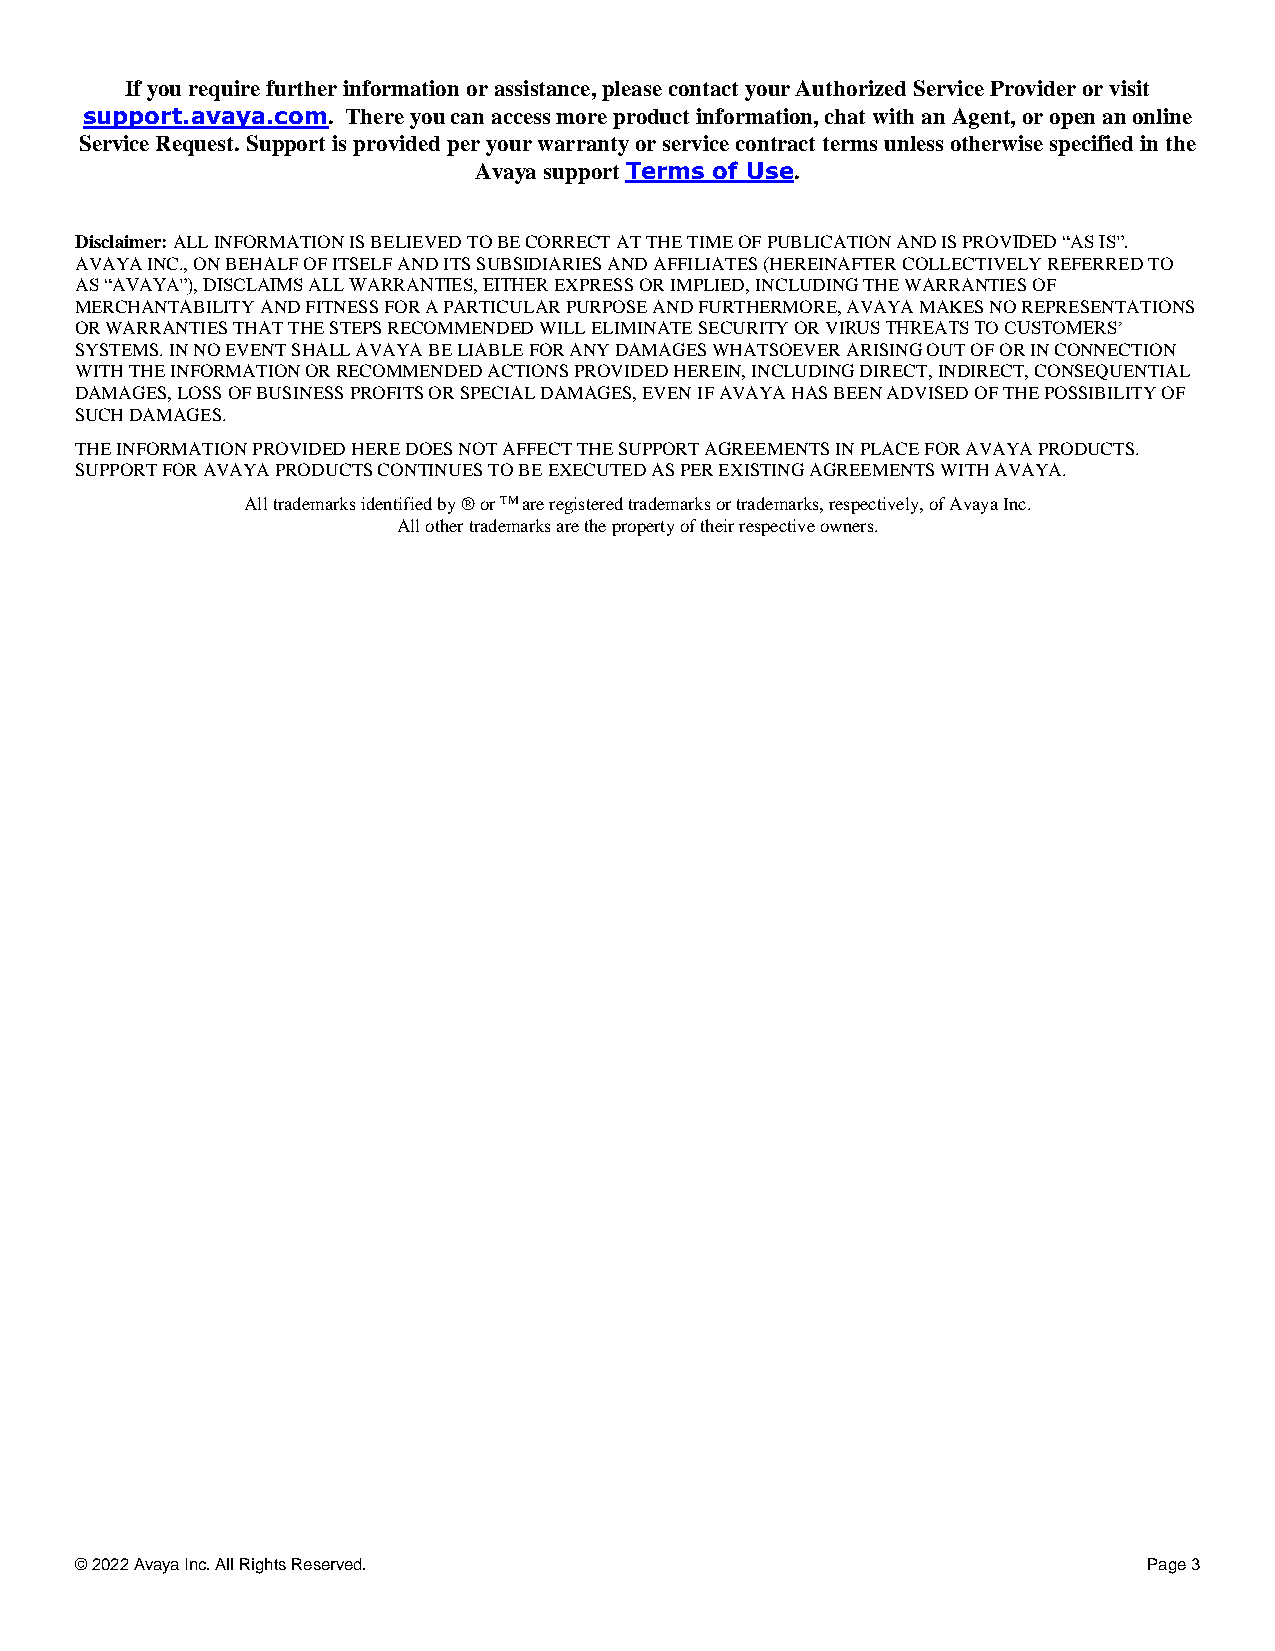
If you require further information or assistance, please contact your Authorized Service Provider or visit
 support.avaya.com. There you can access more product information, chat with an Agent, or open an online
 Service Request. Support is provided per your warranty or service contract terms unless otherwise specified in the
 Avaya support Terms of Use.
 Disclaimer: ALL INFORMATION IS BELIEVED TO BE CORRECT AT THE TIME OF PUBLICATION AND IS PROVIDED “AS IS”.
 AVAYA INC., ON BEHALF OF ITSELF AND ITS SUBSIDIARIES AND AFFILIATES (HEREINAFTER COLLECTIVELY REFERRED TO
 AS “AVAYA”), DISCLAIMS ALL WARRANTIES, EITHER EXPRESS OR IMPLIED, INCLUDING THE WARRANTIES OF
 MERCHANTABILITY AND FITNESS FOR A PARTICULAR PURPOSE AND FURTHERMORE, AVAYA MAKES NO REPRESENTATIONS
 OR WARRANTIES THAT THE STEPS RECOMMENDED WILL ELIMINATE SECURITY OR VIRUS THREATS TO CUSTOMERS’
 SYSTEMS. IN NO EVENT SHALL AVAYA BE LIABLE FOR ANY DAMAGES WHATSOEVER ARISING OUT OF OR IN CONNECTION
 WITH THE INFORMATION OR RECOMMENDED ACTIONS PROVIDED HEREIN, INCLUDING DIRECT, INDIRECT, CONSEQUENTIAL
 DAMAGES, LOSS OF BUSINESS PROFITS OR SPECIAL DAMAGES, EVEN IF AVAYA HAS BEEN ADVISED OF THE POSSIBILITY OF
 SUCH DAMAGES.
 THE INFORMATION PROVIDED HERE DOES NOT AFFECT THE SUPPORT AGREEMENTS IN PLACE FOR AVAYA PRODUCTS.
 SUPPORT FOR AVAYA PRODUCTS CONTINUES TO BE EXECUTED AS PER EXISTING AGREEMENTS WITH AVAYA.
 All trademarks identified by ® or TM are registered trademarks or trademarks, respectively, of Avaya Inc.
 All other trademarks are the property of their respective owners.
 © 2022 Avaya Inc. All Rights Reserved.                                 Page 3